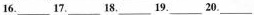
16.___17.___18.___19.___20.___